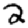
Digit: 2